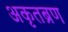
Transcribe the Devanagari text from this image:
अकृतब्रण